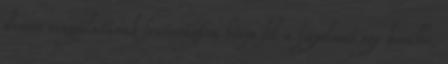
drives vizsgálatának fontosságára hívja föl a figyelmet egy korábbi,